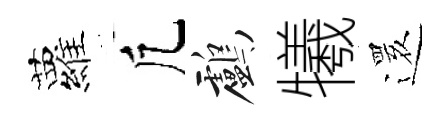
蘿凢鸕犧𮟃